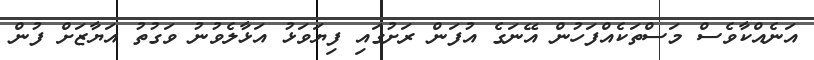
އަނެއްކާވެސް މަސްތަކެއްފަހުން އޭނަގެ އުފަން ރަށުގައި ފިޔަވަޅު އަޅާލެވުނު ވަގުތު އަޔާޒަށް ފުން